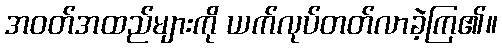
အဝတ်အထည်များကို ယက်လုပ်တတ်လာခဲ့ကြ၏။